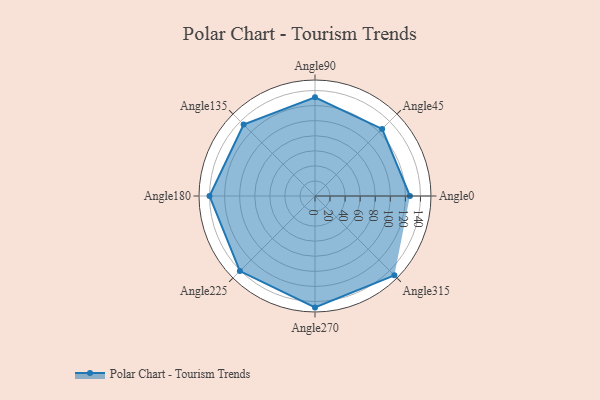
{"axis": {"x": "Angle", "y": "Radius"}, "legend": [""], "data": [{"x": "Angle0", "y": 126.0, "type": ""}, {"x": "Angle45", "y": 126.0, "type": ""}, {"x": "Angle90", "y": 131.0, "type": ""}, {"x": "Angle135", "y": 134.0, "type": ""}, {"x": "Angle180", "y": 140.0, "type": ""}, {"x": "Angle225", "y": 141.0, "type": ""}, {"x": "Angle270", "y": 148.0, "type": ""}, {"x": "Angle315", "y": 149.0, "type": ""}]}